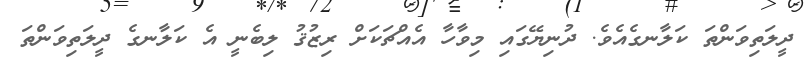
ދީލަތިވަންތަ ކަލާނގެއެވެ. ދުނިޔޭގައި މިވާހާ އެއްޗަކަށް ރިޒުޤު ލިބެނީ އެ ކަލާނގެ ދީލަތިވަންތަ